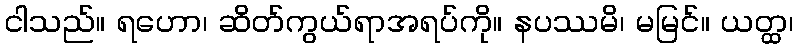
ငါသည်။ ရဟော၊ ဆိတ်ကွယ်ရာအရပ်ကို။ နပဿမိ၊ မမြင်။ ယတ္ထ၊